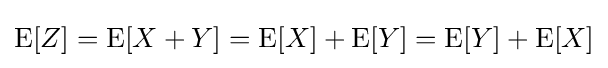
\operatorname {E} [Z]=\operatorname {E} [X+Y]=\operatorname {E} [X]+\operatorname {E} [Y]=\operatorname {E} [Y]+\operatorname {E} [X]